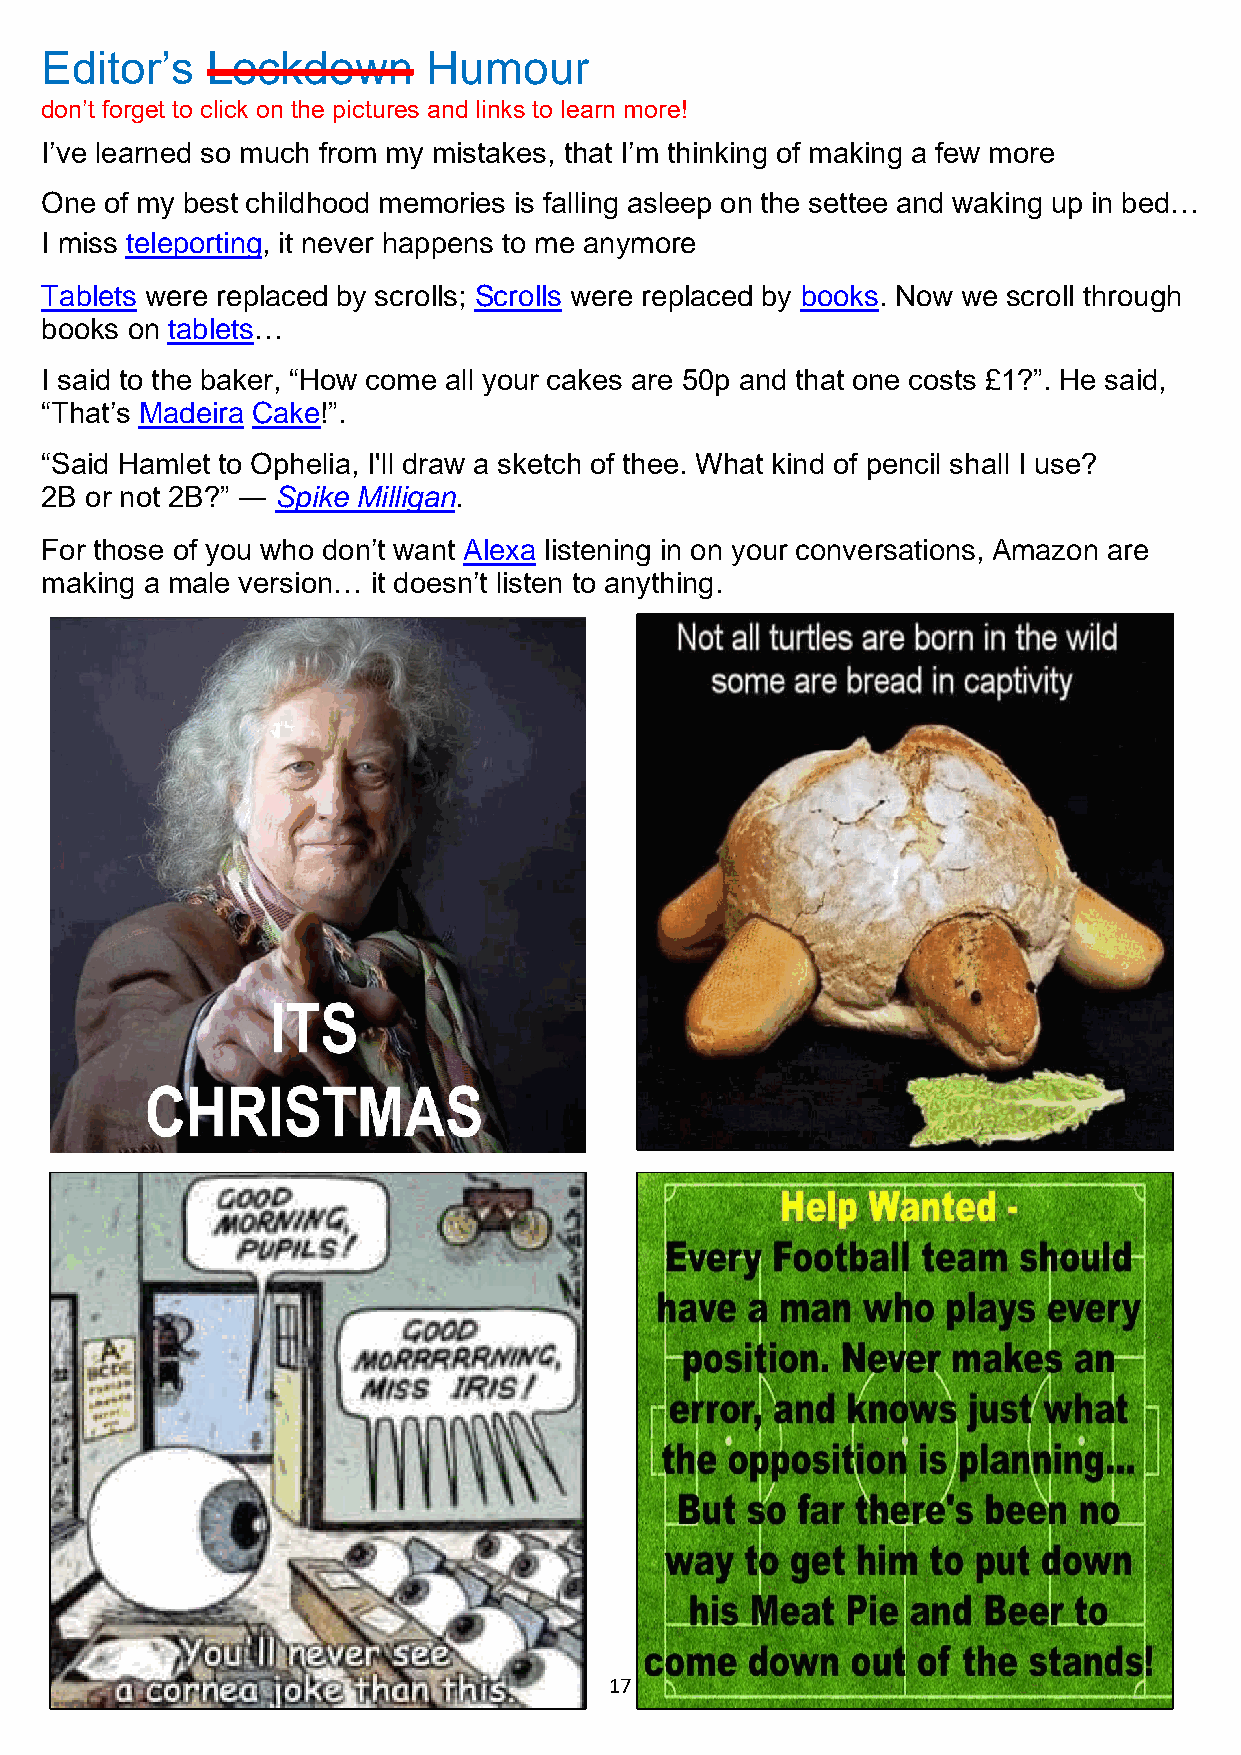
Editor’s   Lockdown      Humour
 don’t forget to click on the pictures and links to learn more!
 I’ve learned so much from my mistakes, that I’m thinking of making a few more
 One of my best childhood memories is falling asleep on the settee and waking up in bed…
 I miss teleporting, it never happens to me anymore
 Tablets were replaced by scrolls; Scrolls were replaced by books. Now we scroll through
 books on tablets…
 I said to the baker, “How come all your cakes are 50p and that one costs £1?”. He said,
 “That’s Madeira Cake!”.
 “Said Hamlet to Ophelia, I'll draw a sketch of thee. What kind of pencil shall I use?
 2B or not 2B?” ― Spike Milligan.
 For those of you who don’t want Alexa listening in on your conversations, Amazon are
 making a male version… it doesn’t listen to anything.
 17